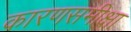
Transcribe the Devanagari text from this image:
कारणसमीक्षा